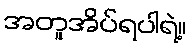
အတူအိပ်ရပါရဲ့။